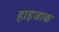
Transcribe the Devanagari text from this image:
हाइजाक